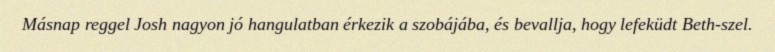
Másnap reggel Josh nagyon jó hangulatban érkezik a szobájába, és bevallja, hogy lefeküdt Beth-szel.